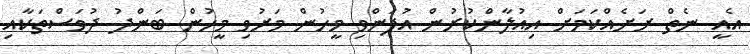
އެއީ ނެތް ރަށެއްކަމަށް އިއުލާންކުރުން އުފަންވި މީހުން މަރުވި މީހުން ބަންދު ދުވަސްތަކާއި